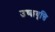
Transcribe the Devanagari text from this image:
उच्छवृत्ति